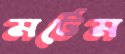
মর্টেম